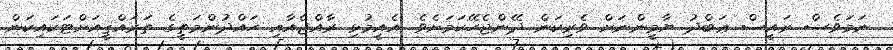
ނަމަވެސް ރައީސް ޢަބްދު ޔާމީންނަށް ވެރިކަން ދޭންޖެހޭކަމަށެވެ. އެއީމުޅި ރާއްޖެއާއި ހައްދުންމަތީގެ ތަރައްޤީއަށްޓަކައިކަން